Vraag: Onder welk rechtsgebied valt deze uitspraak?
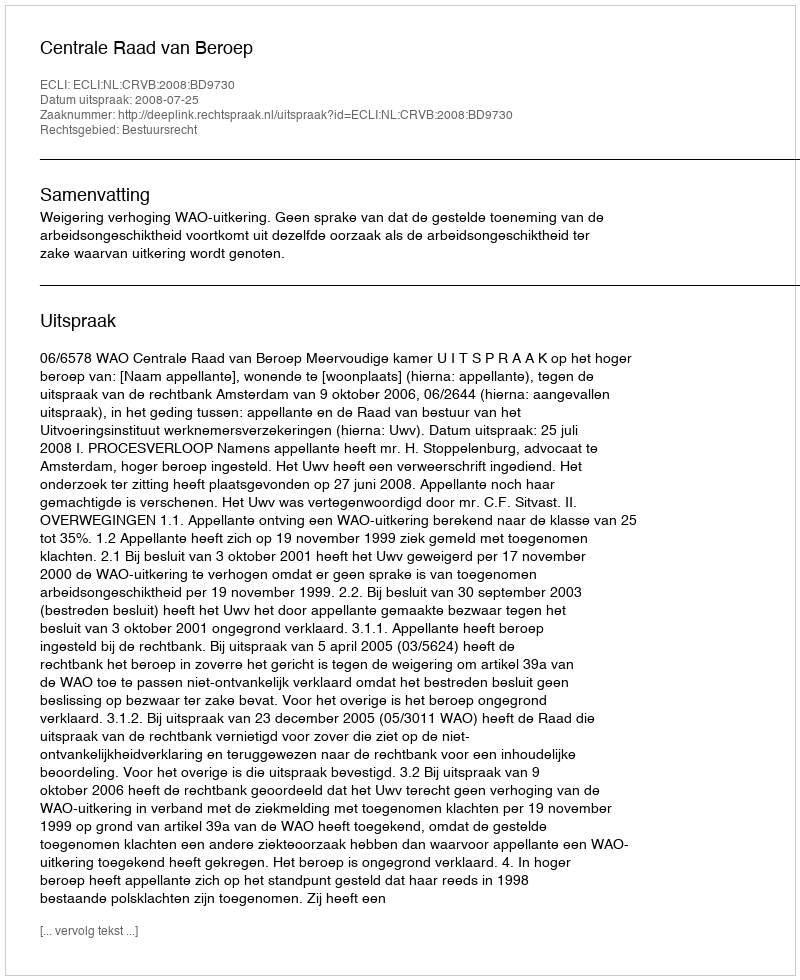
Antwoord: Bestuursrecht